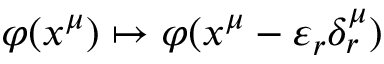
\varphi ( x ^ { \mu } ) \mapsto \varphi ( x ^ { \mu } - \varepsilon _ { r } \delta _ { r } ^ { \mu } )